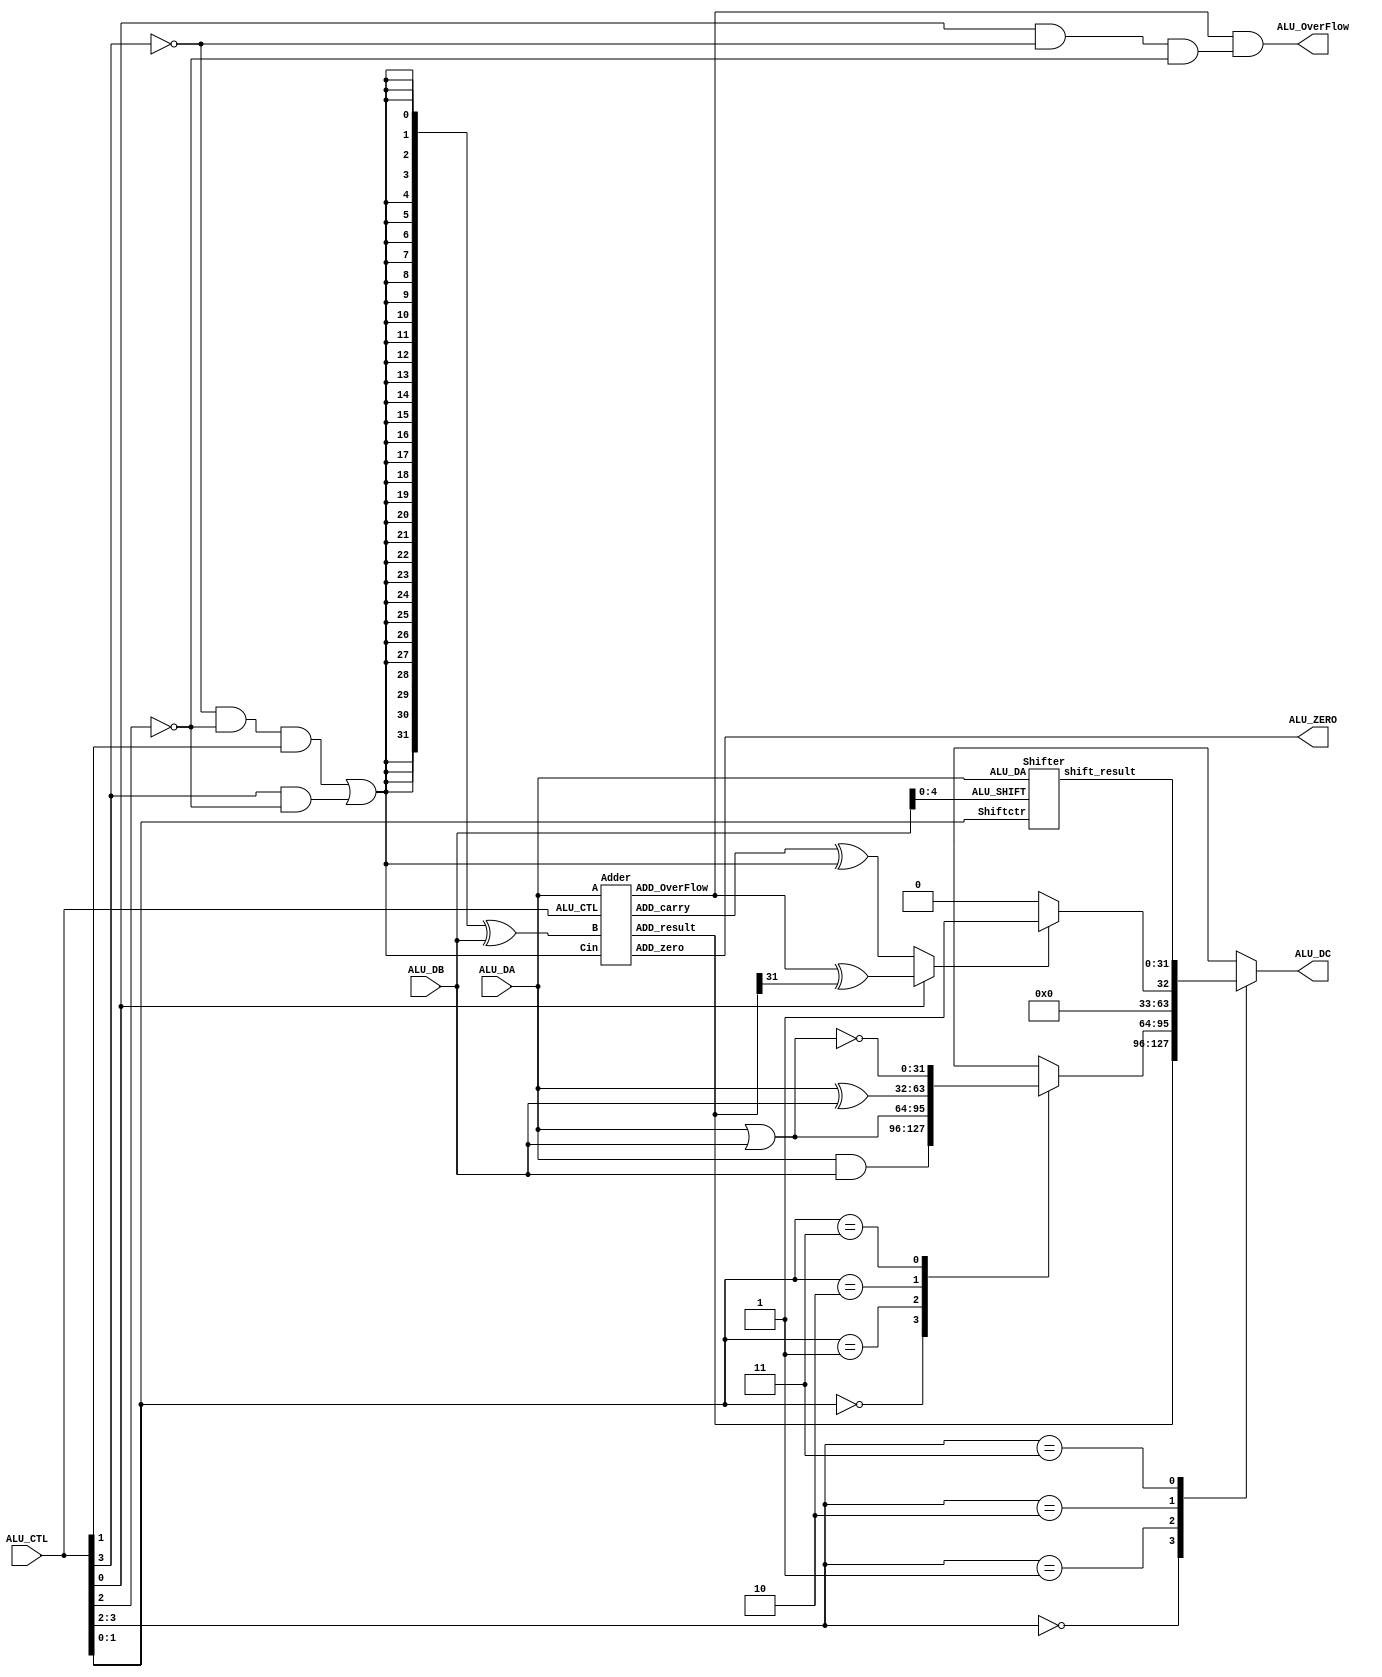
`timescale 1ns / 1ps
//////////////////////////////////////////////////////////////////////////////////
// Company: 
// Engineer: 
// 
// Design Name: 
// Module Name: alu
// Project Name: 
// Target Devices: 
// Tool Versions: 
// Description: 
// 
// Dependencies: 
// 
// Revision:
// Revision 0.01 - File Created
// Additional Comments:
// 
//////////////////////////////////////////////////////////////////////////////////
module alu(
	   ALU_DA,
       ALU_DB,
       ALU_CTL,
       ALU_ZERO,
       ALU_OverFlow,
       ALU_DC   
        );
	input [31:0]    ALU_DA;
    input [31:0]    ALU_DB;
    input [3:0]     ALU_CTL;
    output          ALU_ZERO;
    output          ALU_OverFlow;
    output reg [31:0]   ALU_DC;
		   
//********************generate ctr***********************
wire SUBctr;
wire SIGctr;
wire Ovctr;
wire [1:0] Opctr;
wire [1:0] Logicctr;
wire [1:0] Shiftctr;

assign SUBctr = (~ ALU_CTL[3]  & ~ALU_CTL[2]  & ALU_CTL[1]) | ( ALU_CTL[3]  & ~ALU_CTL[2]);
assign Opctr = ALU_CTL[3:2];
assign Ovctr = ALU_CTL[0] & ~ ALU_CTL[3]  & ~ALU_CTL[2] ;
assign SIGctr = ALU_CTL[0];
assign Logicctr = ALU_CTL[1:0]; 
assign Shiftctr = ALU_CTL[1:0]; 

//********************************************************

//*********************logic op***************************
reg [31:0] logic_result;

always@(*) begin
    case(Logicctr)
	2'b00:logic_result = ALU_DA & ALU_DB;
	2'b01:logic_result = ALU_DA | ALU_DB;
	2'b10:logic_result = ALU_DA ^ ALU_DB;
	2'b11:logic_result = ~(ALU_DA | ALU_DB);
	endcase
end 

//********************************************************
//************************shift op************************
wire [4:0]     ALU_SHIFT;
wire [31:0] shift_result;
assign ALU_SHIFT=ALU_DB[4:0];

Shifter Shifter(.ALU_DA(ALU_DA),
                .ALU_SHIFT(ALU_SHIFT),
				.Shiftctr(Shiftctr),
				.shift_result(shift_result));

//********************************************************
//************************add sub op**********************
wire [31:0] BIT_M,XOR_M;
wire ADD_carry,ADD_OverFlow;
wire [31:0] ADD_result;

assign BIT_M={32{SUBctr}};
assign XOR_M=BIT_M^ALU_DB;

Adder Adder(.A(ALU_DA),
            .B(XOR_M),
			.Cin(SUBctr),
			.ALU_CTL(ALU_CTL),
			.ADD_carry(ADD_carry),
			.ADD_OverFlow(ADD_OverFlow),
			.ADD_zero(ALU_ZERO),
			.ADD_result(ADD_result));

assign ALU_OverFlow = ADD_OverFlow & Ovctr;

//********************************************************
//**************************slt op************************
wire [31:0] SLT_result;
wire LESS_M1,LESS_M2,LESS_S,SLT_M;

assign LESS_M1 = ADD_carry ^ SUBctr;
assign LESS_M2 = ADD_OverFlow ^ ADD_result[31];
assign LESS_S = (SIGctr==1'b0)?LESS_M1:LESS_M2;
assign SLT_result = (LESS_S)?32'h00000001:32'h00000000;

//********************************************************
//**************************ALU result********************
always @(*) 
begin
  case(Opctr)
     2'b00:ALU_DC<=ADD_result;
     2'b01:ALU_DC<=logic_result;
     2'b10:ALU_DC<=SLT_result;
     2'b11:ALU_DC<=shift_result; 
  endcase
end

//********************************************************
endmodule


//********************************************************
//*************************shifter************************
//`define BEHAVOR
module Shifter(input [31:0] ALU_DA,
               input [4:0] ALU_SHIFT,
			   input [1:0] Shiftctr,
			   output reg [31:0] shift_result);
			   
`ifdef BEHAVOR
     wire [5:0] shift_n;
	 assign shift_n = 6'd32 - Shiftctr;
     always@(*) begin
	   case(Shiftctr)
	   2'b00:shift_result = ALU_DA << ALU_SHIFT;
	   2'b01:shift_result = ALU_DA >> ALU_SHIFT;
	   2'b10:shift_result = ({32{ALU_DA[31]}} << shift_n) | (ALU_DA >> ALU_SHIFT);
	   default:shift_result = ALU_DA;
	   endcase
	 end
`else
    reg[31:0] SLL_M,SRL_M,SRA_M;
    always@(*)//SRL
    begin
      case(ALU_SHIFT)
         5'b00000:SRL_M[31:0]=ALU_DA[31:0]; 
         5'b00001:SRL_M[31:0]={1'd0 ,ALU_DA[31:1]};
         5'b00010:SRL_M[31:0]={2'd0 ,ALU_DA[31:2]};
         5'b00011:SRL_M[31:0]={3'd0 ,ALU_DA[31:3]}; 		 
         5'b00100:SRL_M[31:0]={4'd0 ,ALU_DA[31:4]}; 	
		 5'b00101:SRL_M[31:0]={5'd0 ,ALU_DA[31:5]}; 	
		 5'b00110:SRL_M[31:0]={6'd0 ,ALU_DA[31:6]}; 	
		 5'b00111:SRL_M[31:0]={7'd0 ,ALU_DA[31:7]}; 	
		 5'b01000:SRL_M[31:0]={8'd0 ,ALU_DA[31:8]}; 	
		 5'b01001:SRL_M[31:0]={9'd0 ,ALU_DA[31:9]}; 	
		 5'b01010:SRL_M[31:0]={10'd0,ALU_DA[31:10]}; 	
		 5'b01011:SRL_M[31:0]={11'd0,ALU_DA[31:11]}; 	
		 5'b01100:SRL_M[31:0]={12'd0,ALU_DA[31:12]}; 	
		 5'b01101:SRL_M[31:0]={13'd0,ALU_DA[31:13]}; 	
		 5'b01110:SRL_M[31:0]={14'd0,ALU_DA[31:14]}; 	
		 5'b01111:SRL_M[31:0]={15'd0,ALU_DA[31:15]}; 	
		 5'b10000:SRL_M[31:0]={16'd0,ALU_DA[31:16]}; 	
		 5'b10001:SRL_M[31:0]={17'd0,ALU_DA[31:17]}; 	
		 5'b10010:SRL_M[31:0]={18'd0,ALU_DA[31:18]}; 	
		 5'b10011:SRL_M[31:0]={19'd0,ALU_DA[31:19]}; 	
		 5'b10100:SRL_M[31:0]={20'd0,ALU_DA[31:20]}; 	
		 5'b10101:SRL_M[31:0]={21'd0,ALU_DA[31:21]}; 	
		 5'b10110:SRL_M[31:0]={22'd0,ALU_DA[31:22]}; 	
		 5'b10111:SRL_M[31:0]={23'd0,ALU_DA[31:23]}; 	
		 5'b11000:SRL_M[31:0]={24'd0,ALU_DA[31:24]}; 	
		 5'b11001:SRL_M[31:0]={25'd0,ALU_DA[31:25]}; 
		 5'b11010:SRL_M[31:0]={26'd0,ALU_DA[31:26]}; 
		 5'b11011:SRL_M[31:0]={27'd0,ALU_DA[31:27]}; 
		 5'b11100:SRL_M[31:0]={28'd0,ALU_DA[31:28]}; 
		 5'b11101:SRL_M[31:0]={29'd0,ALU_DA[31:29]}; 
		 5'b11110:SRL_M[31:0]={30'd0,ALU_DA[31:30]};  
         5'b11111:SRL_M[31:0]={31'd0,ALU_DA[31]}; 
         default: SRL_M[31:0]=ALU_DA[31:0]; 
      endcase
    end
    
    always@(*) //SLL
    begin
      case(ALU_SHIFT)
         5'b00000:SLL_M[31:0]=ALU_DA[31:0]; 
         5'b00001:SLL_M[31:0]={ALU_DA[30:0],1'd0};
         5'b00010:SLL_M[31:0]={ALU_DA[29:0],2'd0}; 
         5'b00011:SLL_M[31:0]={ALU_DA[28:0],3'd0};
		 5'b00100:SLL_M[31:0]={ALU_DA[27:0],4'd0};
		 5'b00101:SLL_M[31:0]={ALU_DA[26:0],5'd0};
		 5'b00110:SLL_M[31:0]={ALU_DA[25:0],6'd0};
		 5'b00111:SLL_M[31:0]={ALU_DA[24:0],7'd0};
		 5'b01000:SLL_M[31:0]={ALU_DA[23:0],8'd0};
		 5'b01001:SLL_M[31:0]={ALU_DA[22:0],9'd0};
		 5'b01010:SLL_M[31:0]={ALU_DA[21:0],10'd0};
		 5'b01011:SLL_M[31:0]={ALU_DA[20:0],11'd0};
		 5'b01100:SLL_M[31:0]={ALU_DA[19:0],12'd0};
		 5'b01101:SLL_M[31:0]={ALU_DA[18:0],13'd0};
		 5'b01110:SLL_M[31:0]={ALU_DA[17:0],14'd0};
		 5'b01111:SLL_M[31:0]={ALU_DA[16:0],15'd0};
		 5'b10000:SLL_M[31:0]={ALU_DA[15:0],16'd0};
		 5'b10001:SLL_M[31:0]={ALU_DA[14:0],17'd0};
		 5'b10010:SLL_M[31:0]={ALU_DA[13:0],18'd0};
		 5'b10011:SLL_M[31:0]={ALU_DA[12:0],19'd0};
		 5'b10100:SLL_M[31:0]={ALU_DA[11:0],20'd0};
		 5'b10101:SLL_M[31:0]={ALU_DA[10:0],21'd0};
		 5'b10110:SLL_M[31:0]={ALU_DA[9:0] ,22'd0};
		 5'b10111:SLL_M[31:0]={ALU_DA[8:0] ,23'd0};
		 5'b11000:SLL_M[31:0]={ALU_DA[7:0] ,24'd0};
		 5'b11001:SLL_M[31:0]={ALU_DA[6:0] ,25'd0};
		 5'b11010:SLL_M[31:0]={ALU_DA[5:0] ,26'd0};
		 5'b11011:SLL_M[31:0]={ALU_DA[4:0] ,27'd0};
		 5'b11100:SLL_M[31:0]={ALU_DA[3:0] ,28'd0};
		 5'b11101:SLL_M[31:0]={ALU_DA[2:0] ,29'd0};
		 5'b11110:SLL_M[31:0]={ALU_DA[1:0] ,30'd0};
		 5'b11111:SLL_M[31:0]={ALU_DA[0],31'd0}; 
         default: SLL_M[31:0]=ALU_DA[31:0]; 
      endcase
    end
    
    always@(*) //SRA
    begin
      case(ALU_SHIFT)
         5'b00000:SRA_M[31:0]=ALU_DA[31:0]; 
         5'b00001:SRA_M[31:0]={{1{ALU_DA[31]}},ALU_DA[31:1]};
         5'b00010:SRA_M[31:0]={{2{ALU_DA[31]}},ALU_DA[31:2]}; 
         5'b00011:SRA_M[31:0]={{3{ALU_DA[31]}},ALU_DA[31:3]};
		 5'b00100:SRA_M[31:0]={{4{ALU_DA[31]}},ALU_DA[31:4]}; 
		 5'b00101:SRA_M[31:0]={{5{ALU_DA[31]}},ALU_DA[31:5]};
		 5'b00110:SRA_M[31:0]={{6{ALU_DA[31]}},ALU_DA[31:6]};
		 5'b00111:SRA_M[31:0]={{7{ALU_DA[31]}},ALU_DA[31:7]};
		 5'b01000:SRA_M[31:0]={{8{ALU_DA[31]}},ALU_DA[31:8]};
		 5'b01001:SRA_M[31:0]={{9{ALU_DA[31]}},ALU_DA[31:9]};
		 5'b01010:SRA_M[31:0]={{10{ALU_DA[31]}},ALU_DA[31:10]};
		 5'b01011:SRA_M[31:0]={{11{ALU_DA[31]}},ALU_DA[31:11]};
		 5'b01100:SRA_M[31:0]={{12{ALU_DA[31]}},ALU_DA[31:12]};
		 5'b01101:SRA_M[31:0]={{13{ALU_DA[31]}},ALU_DA[31:13]};
		 5'b01110:SRA_M[31:0]={{14{ALU_DA[31]}},ALU_DA[31:14]};
		 5'b01111:SRA_M[31:0]={{15{ALU_DA[31]}},ALU_DA[31:15]};
		 5'b10000:SRA_M[31:0]={{16{ALU_DA[31]}},ALU_DA[31:16]};
		 5'b10001:SRA_M[31:0]={{17{ALU_DA[31]}},ALU_DA[31:17]};
		 5'b10010:SRA_M[31:0]={{18{ALU_DA[31]}},ALU_DA[31:18]};
		 5'b10011:SRA_M[31:0]={{19{ALU_DA[31]}},ALU_DA[31:19]};
		 5'b10100:SRA_M[31:0]={{20{ALU_DA[31]}},ALU_DA[31:20]};
		 5'b10101:SRA_M[31:0]={{21{ALU_DA[31]}},ALU_DA[31:21]};
		 5'b10110:SRA_M[31:0]={{22{ALU_DA[31]}},ALU_DA[31:22]};
		 5'b10111:SRA_M[31:0]={{23{ALU_DA[31]}},ALU_DA[31:23]};
		 5'b11000:SRA_M[31:0]={{24{ALU_DA[31]}},ALU_DA[31:24]};
		 5'b11001:SRA_M[31:0]={{25{ALU_DA[31]}},ALU_DA[31:25]};
		 5'b11010:SRA_M[31:0]={{26{ALU_DA[31]}},ALU_DA[31:26]};
		 5'b11011:SRA_M[31:0]={{27{ALU_DA[31]}},ALU_DA[31:27]};
		 5'b11100:SRA_M[31:0]={{28{ALU_DA[31]}},ALU_DA[31:28]};
		 5'b11101:SRA_M[31:0]={{29{ALU_DA[31]}},ALU_DA[31:29]};
		 5'b11110:SRA_M[31:0]={{30{ALU_DA[31]}},ALU_DA[31:30]};
		 5'b11111:SRA_M[31:0]={{31{ALU_DA[31]}},ALU_DA[31]}; 
         default: SRA_M[31:0]=ALU_DA[31:0]; 
      endcase
    end
    
    always@(*) //SHIFT
    begin
      case(Shiftctr)
         2'b00:shift_result=SLL_M;
         2'b01:shift_result=SRL_M;
         2'b10:shift_result=SRA_M;
         default: shift_result=ALU_DA; 
      endcase
    end

`endif

endmodule

//*************************************************************
//***********************************adder*********************

//`define ALGORITHM
module Adder(input [31:0] A,
             input [31:0] B,
			 input Cin,
			 input [3:0] ALU_CTL,
			 output ADD_carry,
			 output ADD_OverFlow,
			 output ADD_zero,
			 output [31:0] ADD_result);

`ifdef ALGORITHM
    assign {ADD_carry,ADD_result}=A+B+Cin;
`else
    cla_adder32 cla_adder32_inst1(.A(A),
	                        .B(B),
							.cin(Cin),
							.cout(ADD_carry),
							.result(ADD_result));	
`endif

   assign ADD_zero = ~(|ADD_result);
   assign ADD_OverFlow=((ALU_CTL==4'b0001) & ~A[31] & ~B[31] & ADD_result[31]) 
                      | ((ALU_CTL==4'b0001) & A[31] & B[31] & ~ADD_result[31])
                      | ((ALU_CTL==4'b0011) & A[31] & ~B[31] & ~ADD_result[31]) 
					  | ((ALU_CTL==4'b0011) & ~A[31] & B[31] & ADD_result[31]);
endmodule

//************************************************************************************
//***************************************cla_adder************************************

//
module cla_4(p,g,c_in,c,gx,px);
input[3:0] p,g;
input c_in;
output[4:1] c;
output gx,px;

assign c[1] = p[0]&c_in | g[0];
assign c[2] = p[1]&p[0]&c_in | p[1]&g[0] | g[1];
assign c[3] = p[2]&p[1]&p[0]&c_in | p[2]&p[1]&g[0] | p[2]&g[1] | g[2];
assign c[4] = gx | px&c_in;

assign px = p[3]&p[2]&p[1]&p[0];
assign gx = g[3] | p[3]&g[2] | p[3]&p[2]&g[1] | p[3]&p[2]&p[1]&g[0];

endmodule



module cla_adder32(A,B,cin,result,cout);

input [31:0] A;
input [31:0] B;
input cin;
output[31:0] result;
output cout;


wire[31:0] TAG,TAP;
wire[32:1] TAC;
wire[15:0] TAG_0,TAP_0;
wire[3:0] TAG_1,TAP_1;
wire[8:1] TAC_1;
wire[4:1] TAC_2;
 
assign result = A ^ B ^ {TAC[31:1],cin};  
assign TAG = A&B;
assign TAP = A|B;

cla_4 cla_0_0( .p(TAP[3:0]),  .g(TAG[3:0]),  .c_in(cin), .c(TAC[4:1]),  .gx(TAG_0[0]),.px(TAP_0[0]));
cla_4 cla_0_1( .p(TAP[7:4]),  .g(TAG[7:4]),  .c_in(TAC_1[1]),.c(TAC[8:5]),  .gx(TAG_0[1]),.px(TAP_0[1]));
cla_4 cla_0_2( .p(TAP[11:8]), .g(TAG[11:8]), .c_in(TAC_1[2]),.c(TAC[12:9]), .gx(TAG_0[2]),.px(TAP_0[2]));
cla_4 cla_0_3( .p(TAP[15:12]),.g(TAG[15:12]),.c_in(TAC_1[3]),.c(TAC[16:13]),.gx(TAG_0[3]),.px(TAP_0[3]));
cla_4 cla_0_4( .p(TAP[19:16]),.g(TAG[19:16]),.c_in(TAC_1[4]),.c(TAC[20:17]),.gx(TAG_0[4]),.px(TAP_0[4]));
cla_4 cla_0_5( .p(TAP[23:20]),.g(TAG[23:20]),.c_in(TAC_1[5]),.c(TAC[24:21]),.gx(TAG_0[5]),.px(TAP_0[5]));
cla_4 cla_0_6( .p(TAP[27:24]),.g(TAG[27:24]),.c_in(TAC_1[6]),.c(TAC[28:25]),.gx(TAG_0[6]),.px(TAP_0[6]));
cla_4 cla_0_7( .p(TAP[31:28]),.g(TAG[31:28]),.c_in(TAC_1[7]),.c(TAC[32:29]),.gx(TAG_0[7]),.px(TAP_0[7]));


////////////////////////
cla_4 cla_1_0(.p(TAP_0[3:0]),  .g(TAG_0[3:0]),  .c_in(cin),.c(TAC_1[4:1]),  .gx(TAG_1[0]),.px(TAP_1[0]));


cla_4 cla_1_1(.p(TAP_0[7:4]),  .g(TAG_0[7:4]),  .c_in(TAC_1[4]),.c(TAC_1[8:5]),  .gx(TAG_1[1]),.px(TAP_1[1]));

assign TAG_1[3:2] = 2'b00;
assign TAP_1[3:2] = 2'b00;

cla_4 cla_2_0(.p(TAP_1[3:0]),   .g(TAG_1[3:0]),    .c_in(1'b0), .c(TAC_2[4:1]),  .gx(),.px());

assign cout = TAC_2[2];

endmodule